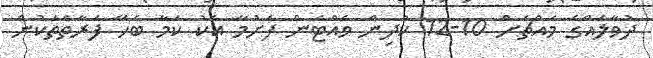
ދުވާލެއްގެ މައްޗަށް 10-12 ކުދިން ވެއްޓެން ފެށުމާ އެކު ކަމާ ބެހޭ ފަރާތްތަކުން